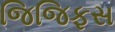
જિજિફસ